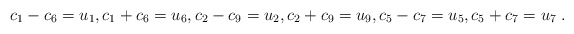
\begin{align*}c_{1}-c_{6} = u_{1}, c_{1}+c_{6} = u_{6}, c_{2}-c_{9} = u_{2}, c_{2}+c_{9} =u_{9}, c_{5}-c_{7} = u_{5}, c_{5}+c_{7} = u_{7}\;. \end{align*}